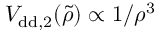
V _ { \mathrm { { d d } , 2 } } ( \tilde { \rho } ) \propto 1 / \rho ^ { 3 }